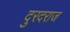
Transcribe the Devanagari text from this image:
दुरदराज